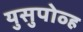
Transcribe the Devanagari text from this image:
युसुपोव्ह